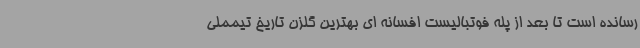
رسانده است تا بعد از پله فوتبالیست افسانه ای بهترین گلزن تاریخ تیمملی